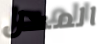
المحل